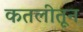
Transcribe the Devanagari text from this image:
कतलीतून